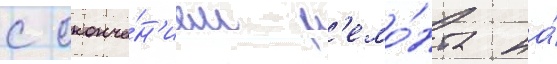
с оконча́н'ием р'емо́нта на́